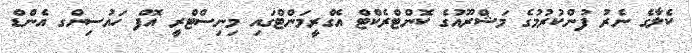
ކެލާގެ ނެރު ފުންކުރުމުގެ މަޝްރޫއުގެ ކޮންޓްރެކްޓް އެގްރީމަންޓްގައި މިނިސްޓްރީ އޮފް ހައުސިންގ އެންޑް